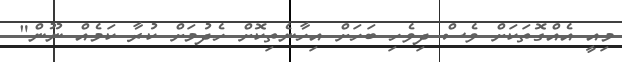
މިއީ އެއްގޮތަކަށް ވެސް ދިވެހި ބަހަށް އިހާނެތިކޮށް ހެދުމަށް ކުރާ ކަމެއް ނޫން"